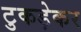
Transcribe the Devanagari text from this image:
टुकड़ेकर